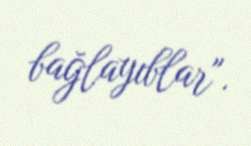
bağlayıblar".